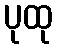
ပုထု